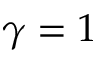
\gamma = 1